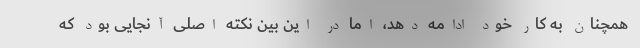
همچنان به کار خود ادامه دهد، اما در این بین نکته اصلی آنجایی بود که